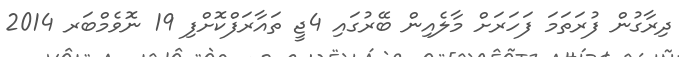
ދިރާގުން ފުރަތަމަ ފަހަރަށް މާލެއިން ބޭރުގައި 4ޖީ ތައާރަފްކޮށްފި 19 ނޮވެމްބަރ 2014